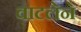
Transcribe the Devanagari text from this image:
वाटलेने